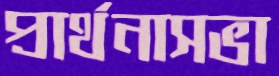
প্রার্থনাসভা